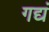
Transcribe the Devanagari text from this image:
गद्यं